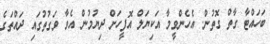
ބަހައްޓާ ގާތް ގޮތުން. އެހެންވީމާ އަކިޔަލް އޮފީހަށް ދިޔުމުން އެވާ ވަގުތުގައި ދައްތަގެ